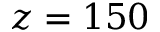
z = 1 5 0